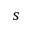
s